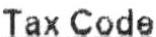
TAX CODE